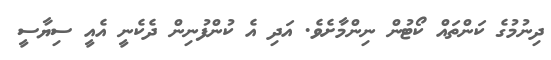
ދިނުމުގެ ކަންތައް ކޯޓުން ނިންމާށެވެ. އަދި އެ ކުންފުނިން ދެކެނީ އެއީ ސިޔާސީ